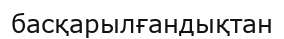
басқарылғандықтан